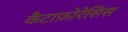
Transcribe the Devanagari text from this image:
कैटाफ़ोरेसिस